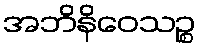
အဘိနိဝေသဉ္စ